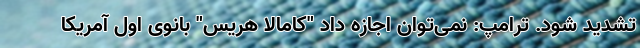
تشدید شود. ترامپ: نمی‌توان اجازه داد "کامالا هریس" بانوی اول آمریکا